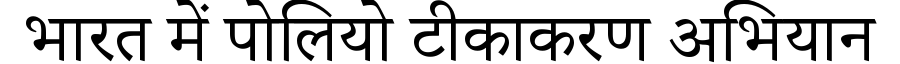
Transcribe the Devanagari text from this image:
भारत में पोलियो टीकाकरण अभियान